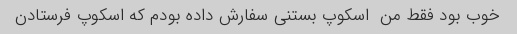
خوب بود فقط من  اسکوپ بستنی سفارش داده بودم که اسکوپ فرستادن